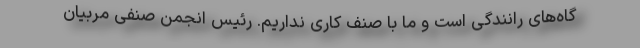
گاه‌های رانندگی است و ما با صنف کاری نداریم. رئیس انجمن صنفی مربیان